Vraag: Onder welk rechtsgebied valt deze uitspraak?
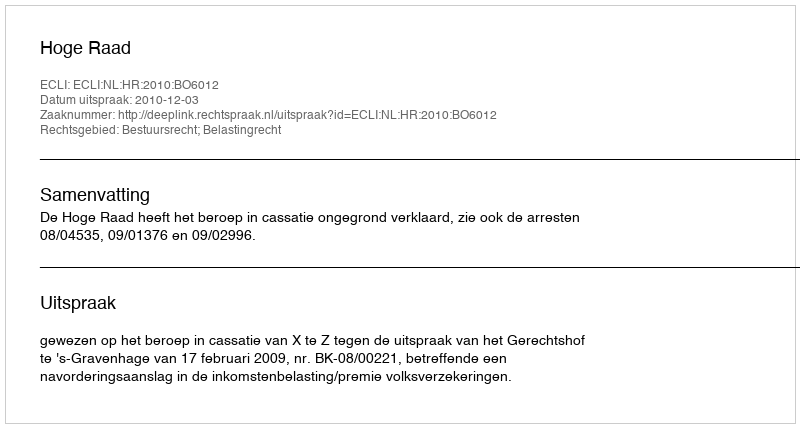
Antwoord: Bestuursrecht; Belastingrecht